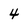
Character: 4